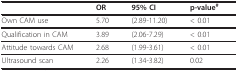
<table><thead><tr><td></td><td><b>OR</b></td><td><b>95% CI</b></td><td><b>p-value<sup>#</sup></b></td></tr></thead><tbody><tr><td>Own CAM use</td><td>5.70</td><td>(2.89-11.20)</td><td>&lt; 0.01</td></tr><tr><td>Qualification in CAM</td><td>3.89</td><td>(2.06-7.29)</td><td>&lt; 0.01</td></tr><tr><td>Attitude towards CAM</td><td>2.68</td><td>(1.99-3.61)</td><td>&lt; 0.01</td></tr><tr><td>Ultrasound scan</td><td>2.26</td><td>(1.34-3.82)</td><td>0.02</td></tr></tbody></table>